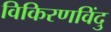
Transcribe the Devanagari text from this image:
विकिरणविंदु